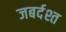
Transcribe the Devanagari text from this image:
जबर्दश्त